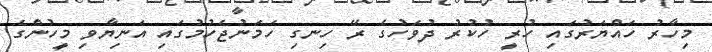
މިހާރު ހައްޔަރުގައި ހުރީ ހުކުރު ދުވަހުގެ ރޭ ހިނގި ހަމަނުޖެހުމުގައި އަނިޔާވި މީހުންގެ